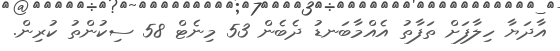
އާދަޔާ ހިލާފަށް ތަފާތު އެއްމާބަނޑު ދެބެން 53 މިނެޓް 58 ސިކުންތު ކުރިން.